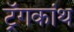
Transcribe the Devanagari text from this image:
ट्रॅगकांथ